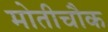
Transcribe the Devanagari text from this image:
मोतीचौक